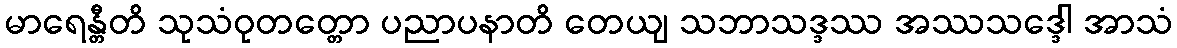
မာရေန္တီတိ သုသံဝုတတ္တော ပညာပနာတိ တေယျ သဘာသဒ္ဒဿ အဿသဒ္ဒေါ အာသံ